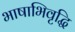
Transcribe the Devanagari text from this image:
भाषाभिवृद्धि